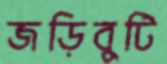
জড়িবুটি